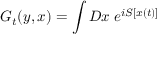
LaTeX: G _ { t } ( y , x ) = \int { \cal D } x \; e ^ { i S [ x ( t ) ] }